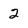
Character: 2